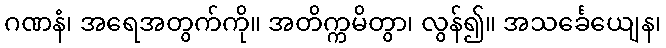
ဂဏနံ၊ အရေအတွက်ကို။ အတိက္ကမိတွာ၊ လွန်၍။ အသင်္ခေယျေန၊